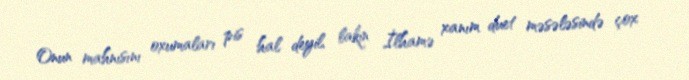
Onun mahnısını oxumaları pis hal deyil, lakin İlhamə xanım duet məsələsində çox